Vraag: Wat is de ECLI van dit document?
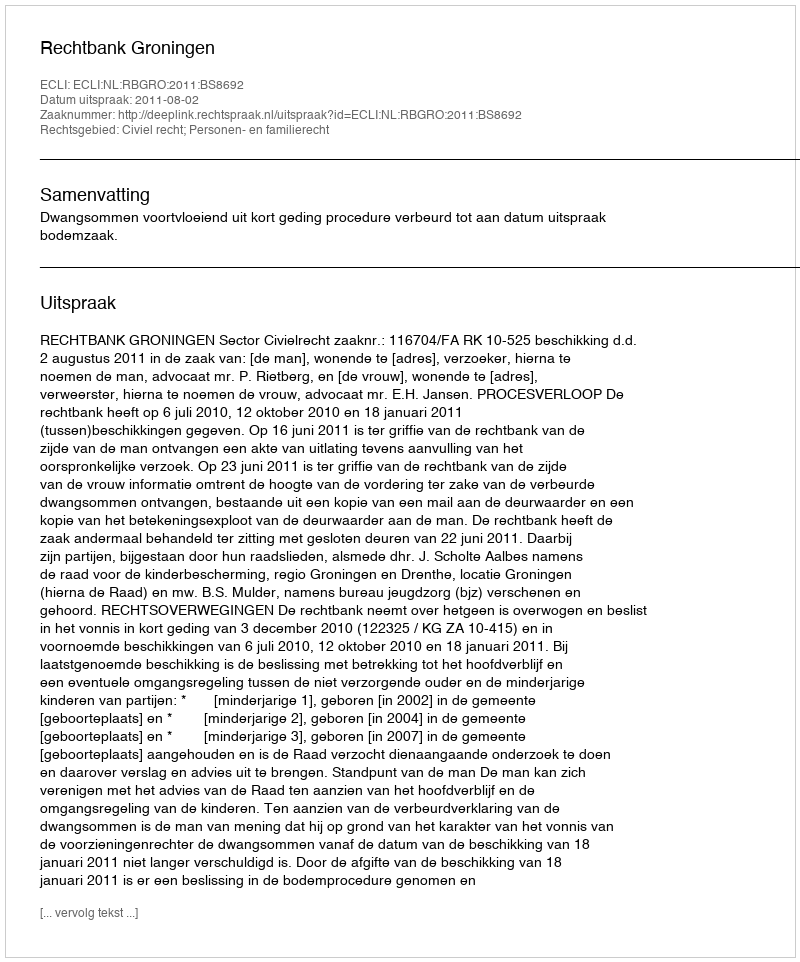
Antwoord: ECLI:NL:RBGRO:2011:BS8692